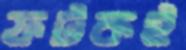
ফটকই